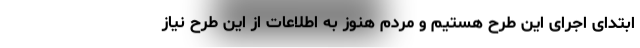
ابتدای اجرای این طرح هستیم و مردم هنوز به اطلاعات از این طرح نیاز